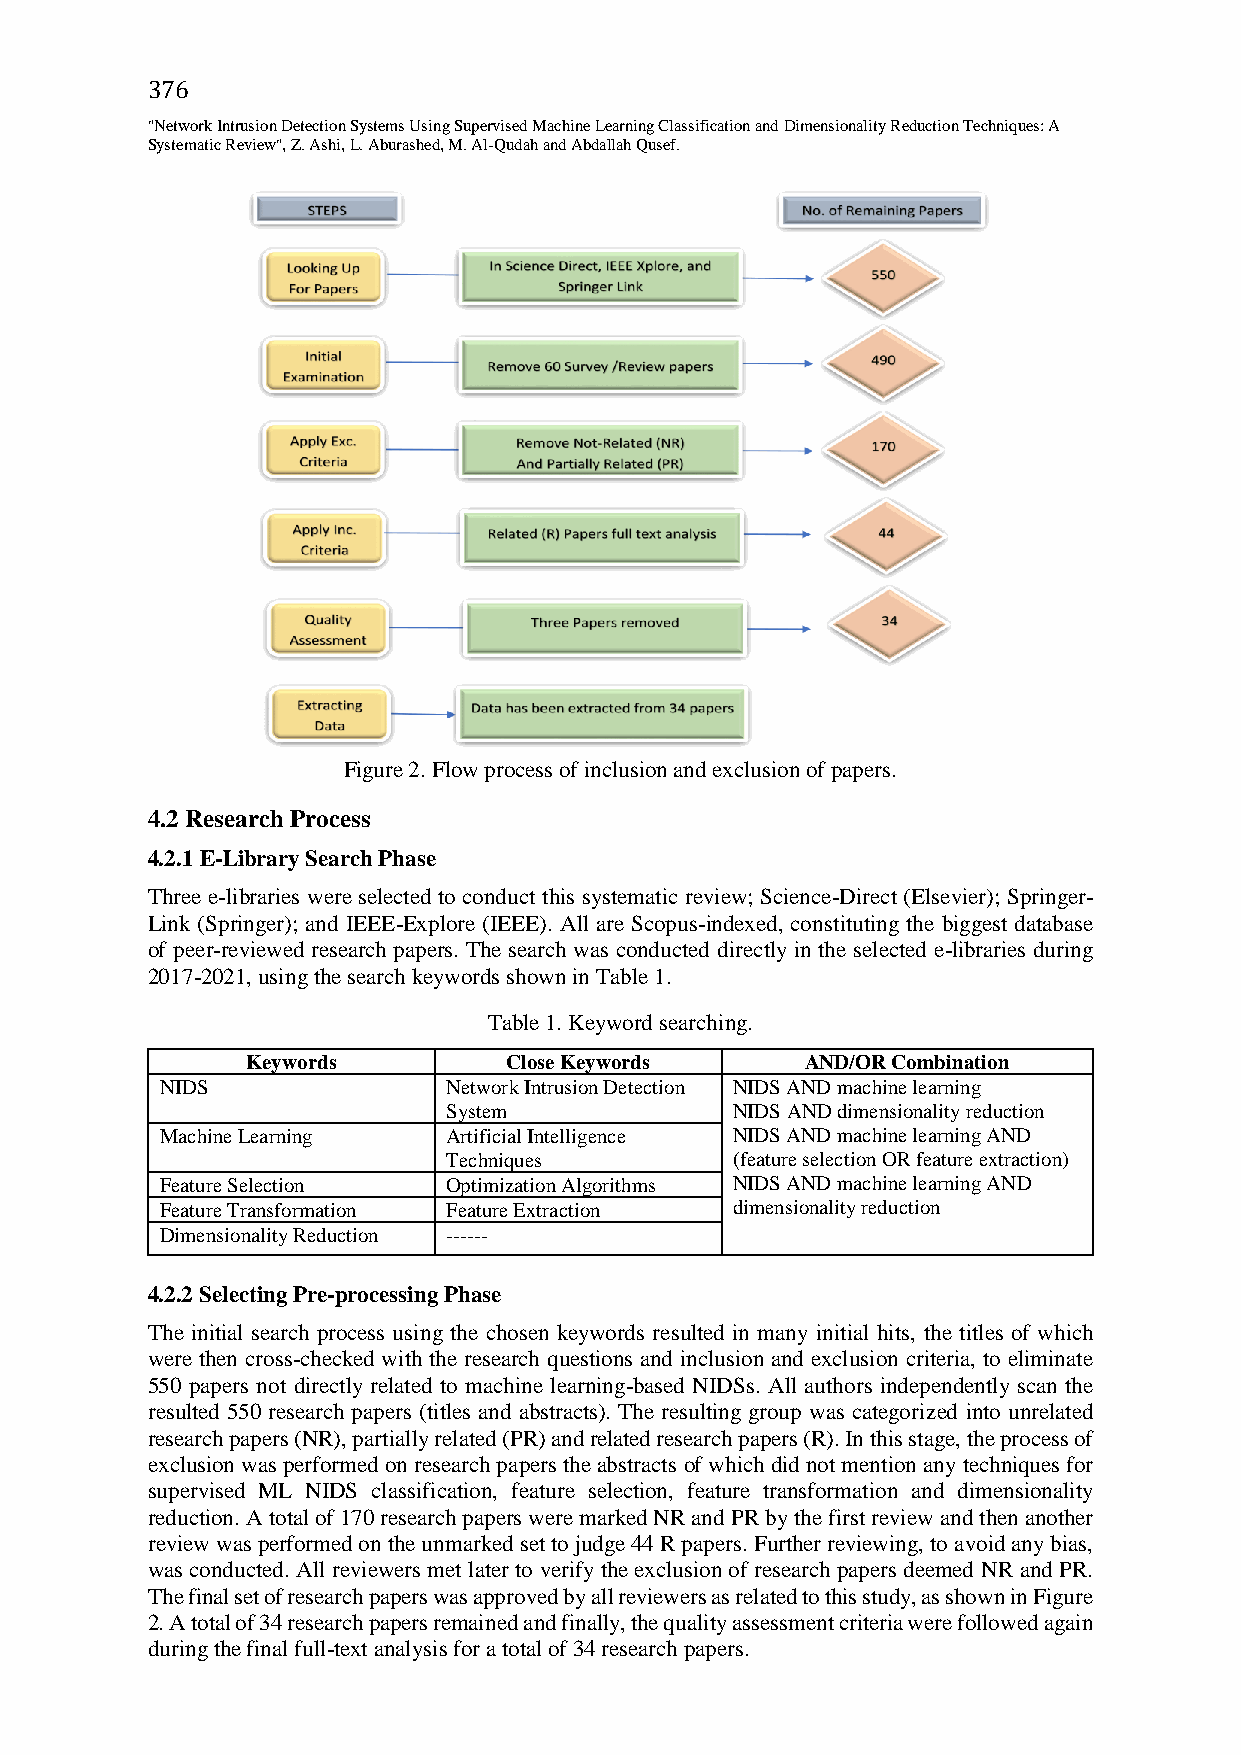
376
 "Network Intrusion Detection Systems Using Supervised Machine Learning Classification and Dimensionality Reduction Techniques: A
 Systematic Review", Z. Ashi, L. Aburashed, M. Al-Qudah and Abdallah Qusef.
 Figure 2. Flow process of inclusion and exclusion of papers.
 4.2 Research Process
 4.2.1 E-Library Search Phase
 Three e-libraries were selected to conduct this systematic review; Science-Direct (Elsevier); Springer-
 Link (Springer); and IEEE-Explore (IEEE). All are Scopus-indexed, constituting the biggest database
 of peer-reviewed research papers. The search was conducted directly in the selected e-libraries during
 2017-2021, using the search keywords shown in Table 1.
 Table 1. Keyword searching.
 Keywords         Close Keywords      AND/OR Combination
 NIDS               Network Intrusion Detection NIDS AND machine learning
 System            NIDS AND dimensionality reduction
 Machine Learning   Artificial Intelligence NIDS AND machine learning AND
 Techniques        (feature selection OR feature extraction)
 Feature Selection  Optimization Algorithms NIDS AND machine learning AND
 Feature Transformation Feature Extraction dimensionality reduction
 Dimensionality Reduction ------
 4.2.2 Selecting Pre-processing Phase
 The initial search process using the chosen keywords resulted in many initial hits, the titles of which
 were then cross-checked with the research questions and inclusion and exclusion criteria, to eliminate
 550 papers not directly related to machine learning-based NIDSs. All authors independently scan the
 resulted 550 research papers (titles and abstracts). The resulting group was categorized into unrelated
 research papers (NR), partially related (PR) and related research papers (R). In this stage, the process of
 exclusion was performed on research papers the abstracts of which did not mention any techniques for
 supervised ML NIDS classification, feature selection, feature transformation and dimensionality
 reduction. A total of 170 research papers were marked NR and PR by the first review and then another
 review was performed on the unmarked set to judge 44 R papers. Further reviewing, to avoid any bias,
 was conducted. All reviewers met later to verify the exclusion of research papers deemed NR and PR.
 The final set of research papers was approved by all reviewers as related to this study, as shown in Figure
 2.A total of 34 research papers remained and finally, the quality assessment criteria were followed again
 during the final full-text analysis for a total of 34 research papers.